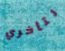
لتأخري